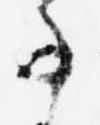
事